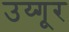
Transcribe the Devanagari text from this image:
उय्गूर